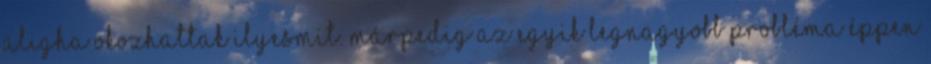
aligha okozhattak ilyesmit. Márpedig az egyik legnagyobb probléma éppen